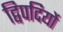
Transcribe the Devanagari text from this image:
द्विपदियों